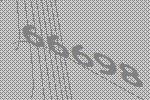
66698